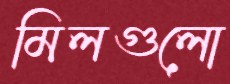
মিলগুলো